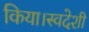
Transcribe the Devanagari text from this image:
किया।स्वदेशी